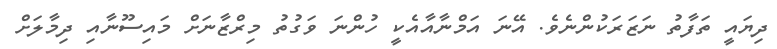
ދިޔައީ ތަފާތު ނަޒަރަކުންނެވެ. އޭނަ އަމްނާއާއެކީ ހުންނަ ވަގުތު މިރްޒާނަށް މައިސޫނާއި ދިމާލަށް